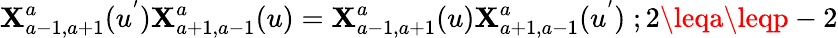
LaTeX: \mathbf{X}_{a-1,a+1}^{a}(u^{'})\mathbf{X}_{a+1,a-1}^{a}(u)=\mathbf{X}_{a-1,a+1}^{a}(u)\mathbf{X}_{a+1,a-1}^{a}(u^{'})\; ;2\leqa\leqp-2